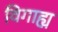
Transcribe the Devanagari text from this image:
विगाह्य